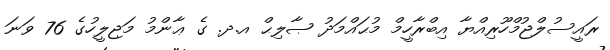
ރައީސުލްޖުމްހޫރިއްޔާ އިބްރާހީމް މުޙައްމަދު ޞާލިޙް އ.ދ. ގެ ޢާންމު މަޖިލީހުގެ 76 ވަނަ